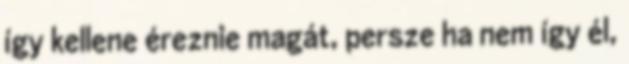
így kellene éreznie magát, persze ha nem így él,